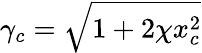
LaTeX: \gamma_{c}=\sqrt{1+2\chi x_{c}^{2}}